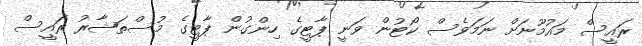
ރައީސް މައުމޫނަށް ނަމަވެސް ކޯޓުން ވަނީ ޕާޓީގެ ހިންގުން ޕާޓީގެ މުސްތަޝާރު ރައީސް